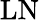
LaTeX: \mathrm{LN}